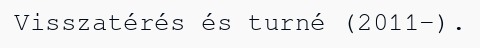
Visszatérés és turné (2011–).